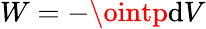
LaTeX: W=-\ointp\mathrm{d}V